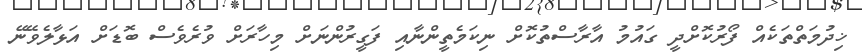
ޚިދުމަތްތަކެއް ފޯރުކޮށްދީ ގައުމު އާރާސްތުކޮށް ނިކަމެތީންނާއި ފަގީރުންނަށް މިހާރަށް ވުރެވެސް ބޮޑަށް އަޅާލެވޭނޭ